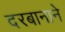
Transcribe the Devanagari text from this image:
दरबानाने